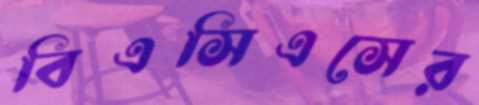
বিএসিএসের